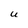
Character: U